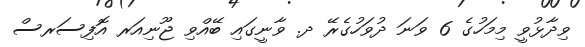
ވިދާޅުވީ މިމަހުގެ 6 ވަނަ ދުވަހުގެރޭ ދ. ވާނީގައި ބޭއްވި ޖޫނިއަރ އޮފިސަރސް